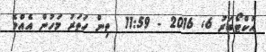
އޮކްޓޯބަރު 6